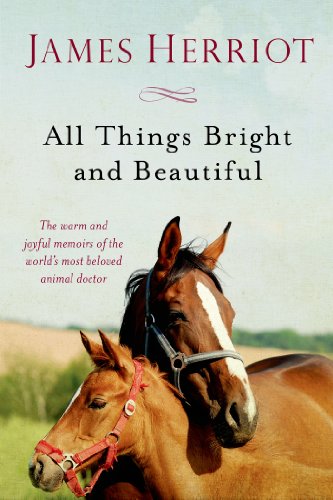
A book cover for All Things Bright and Beautiful (All Creatures Great and Small); James Herriot; Crafts, Hobbies & Home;